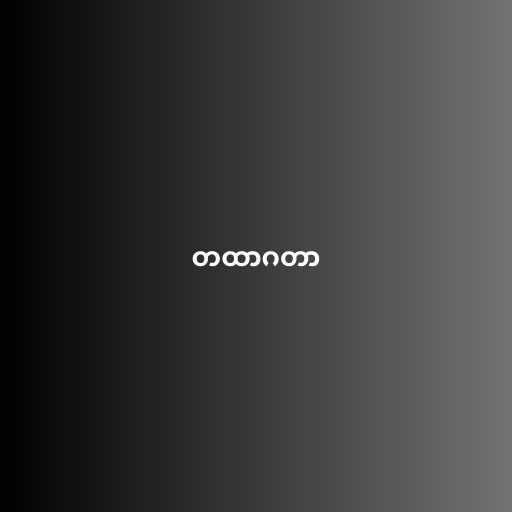
တထာဂတာ